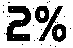
2%